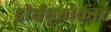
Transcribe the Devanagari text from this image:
दीर्धवृत्ताकार